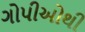
ગોપીઓથી